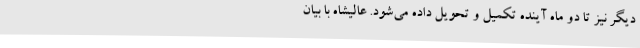
دیگر نیز تا دو ماه آینده تکمیل و تحویل داده می‌شود. عالیشاه با بیان